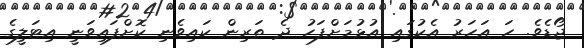
ޖޯޑެވެ. ހަ އަހަރު އެކުގައި އުޅުމަށްފަހު ދެ ތަރިން ކައިވެނި ކޮށްފައިވަނީ އިޓަލީގެ